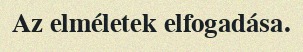
Az elméletek elfogadása.